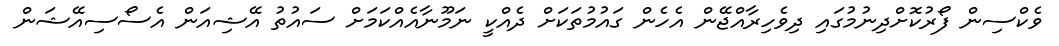
ވެކްސިން ފޯރުކޮށްދިނުމުގައި ދިވެހިރާއްޖޭން އެހެން ގައުމުތަކަށް ދެއްކީ ނަމޫނާއެއްކަމަށް ސައުތު އޭޝިއަން އެސޯސިއޭޝަން